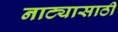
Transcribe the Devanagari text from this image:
नाट्यासाठी